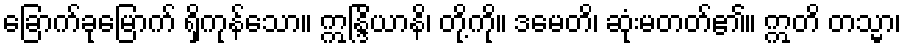
ခြောက်ခုမြောက် ရှိကုန်သော။ ဣန္ဒြိယာနိ၊ တို့ကို။ ဒမေတိ၊ ဆုံးမတတ်၏။ ဣတိ တသ္မာ၊